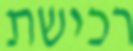
רכישת